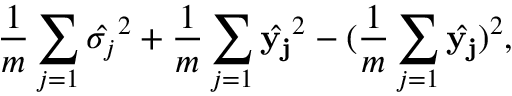
\frac { 1 } { m } \sum _ { j = 1 } \hat { \sigma _ { j } } ^ { 2 } + \frac { 1 } { m } \sum _ { j = 1 } \hat { { \mathbf { y _ { j } } } } ^ { 2 } - ( \frac { 1 } { m } \sum _ { j = 1 } \hat { { \mathbf { y _ { j } } } } ) ^ { 2 } ,